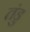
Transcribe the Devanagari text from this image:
तंडु